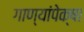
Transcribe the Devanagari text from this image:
गाण्यांपेक्षा